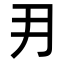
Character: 𭃂